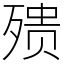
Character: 㱮